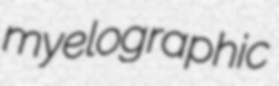
myelographic